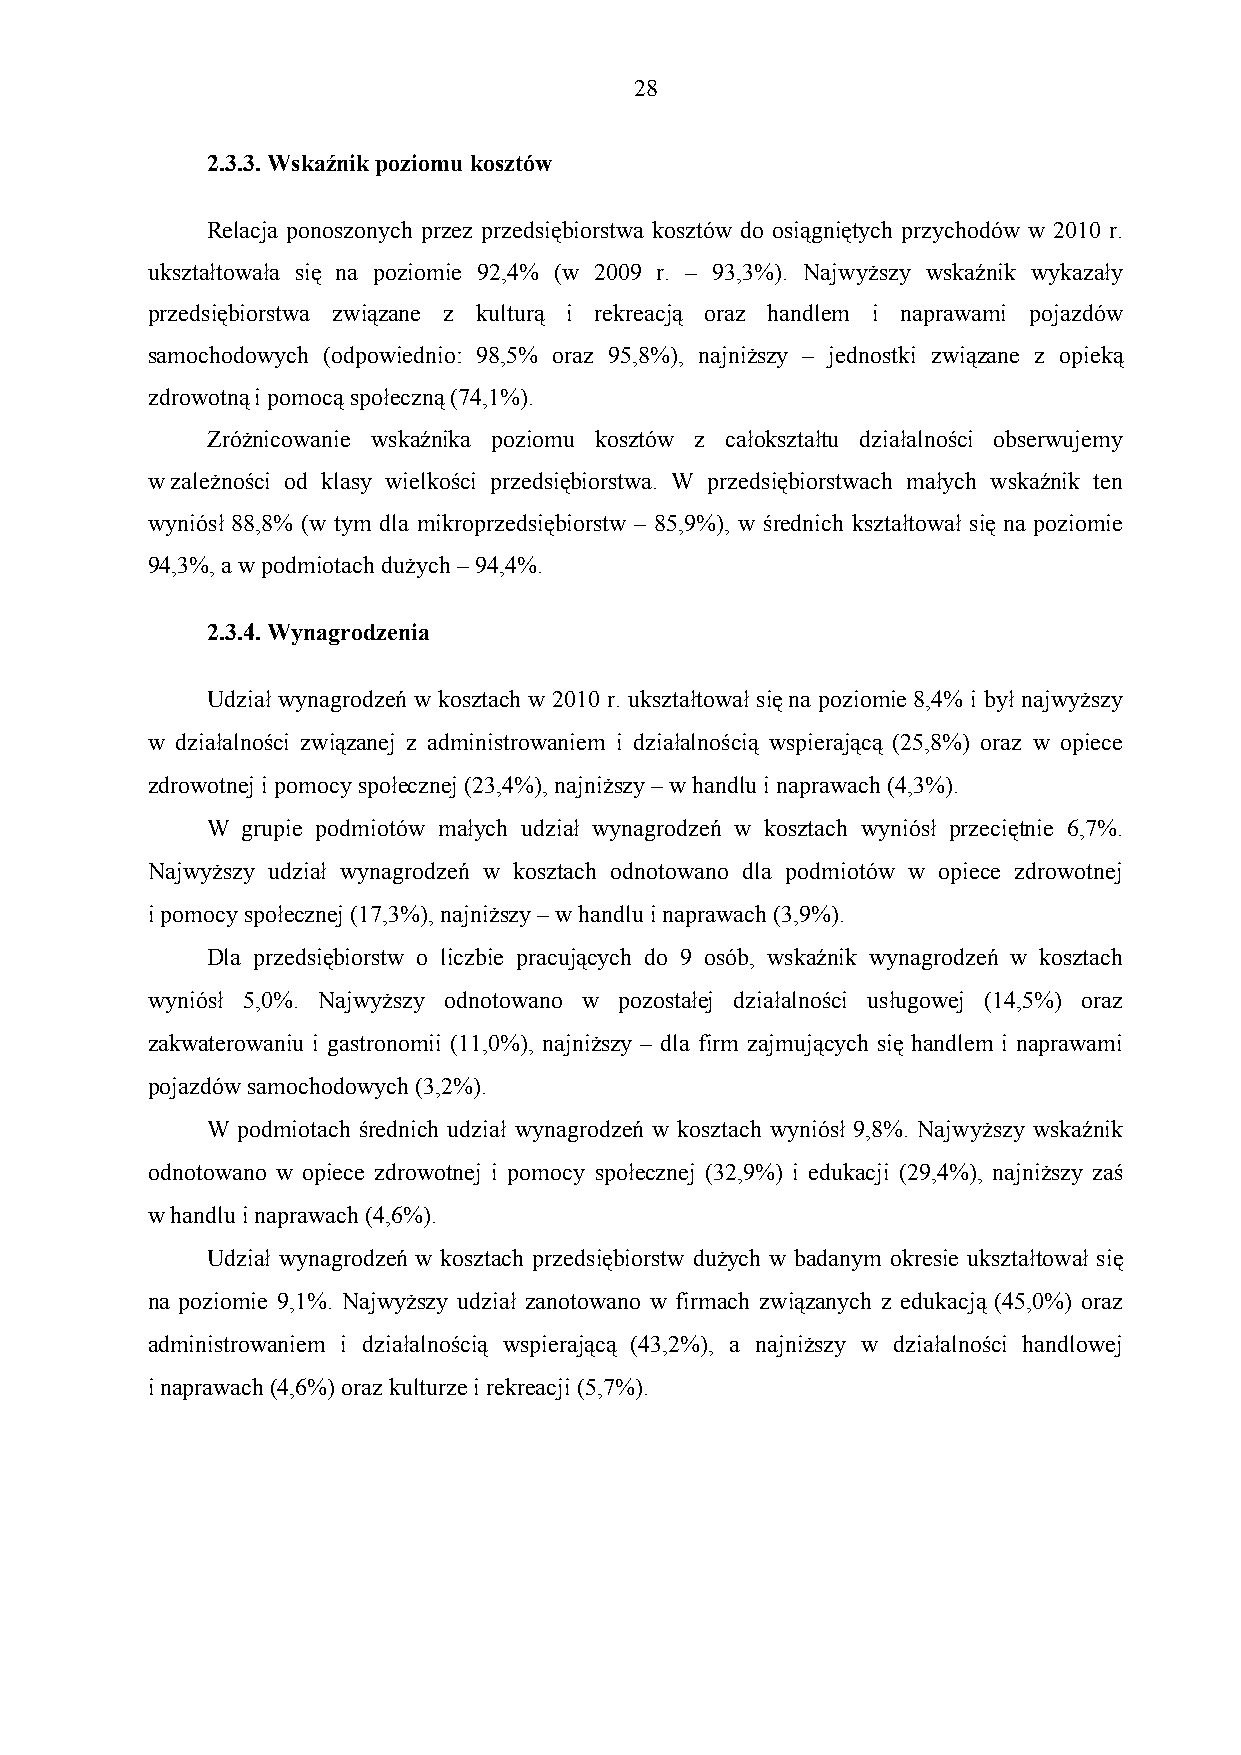
28
 2.3.3. Wskaźnik poziomu kosztów
 Relacja ponoszonych przez przedsiębiorstwa kosztów do osiągniętych przychodów w 2010 r.
 ukształtowała się na poziomie 92,4% (w 2009 r. – 93,3%). Najwyższy wskaźnik wykazały
 przedsiębiorstwa związane z kulturą i rekreacją oraz handlem i naprawami pojazdów
 samochodowych (odpowiednio: 98,5% oraz 95,8%), najniższy – jednostki związane z opieką
 zdrowotną i pomocą społeczną (74,1%).
 Zróżnicowanie wskaźnika poziomu kosztów z całokształtu działalności obserwujemy
 w zależności od klasy wielkości przedsiębiorstwa. W przedsiębiorstwach małych wskaźnik ten
 wyniósł 88,8% (w tym dla mikroprzedsiębiorstw – 85,9%), w średnich kształtował się na poziomie
 94,3%, a w podmiotach dużych – 94,4%.
 2.3.4. Wynagrodzenia
 Udział wynagrodzeń w kosztach w 2010 r. ukształtował się na poziomie 8,4% i był najwyższy
 w działalności związanej z administrowaniem i działalnością wspierającą (25,8%) oraz w opiece
 zdrowotnej i pomocy społecznej (23,4%), najniższy – w handlu i naprawach (4,3%).
 W grupie podmiotów małych udział wynagrodzeń w kosztach wyniósł przeciętnie 6,7%.
 Najwyższy udział wynagrodzeń w kosztach odnotowano dla podmiotów w opiece zdrowotnej
 i pomocy społecznej (17,3%), najniższy – w handlu i naprawach (3,9%).
 Dla przedsiębiorstw o liczbie pracujących do 9 osób, wskaźnik wynagrodzeń w kosztach
 wyniósł 5,0%. Najwyższy odnotowano w pozostałej działalności usługowej (14,5%) oraz
 zakwaterowaniu i gastronomii (11,0%), najniższy – dla firm zajmujących się handlem i naprawami
 pojazdów samochodowych (3,2%).
 W podmiotach średnich udział wynagrodzeń w kosztach wyniósł 9,8%. Najwyższy wskaźnik
 odnotowano w opiece zdrowotnej i pomocy społecznej (32,9%) i edukacji (29,4%), najniższy zaś
 w handlu i naprawach (4,6%).
 Udział wynagrodzeń w kosztach przedsiębiorstw dużych w badanym okresie ukształtował się
 na poziomie 9,1%. Najwyższy udział zanotowano w firmach związanych z edukacją (45,0%) oraz
 administrowaniem i działalnością wspierającą (43,2%), a najniższy w działalności handlowej
 i naprawach (4,6%) oraz kulturze i rekreacji (5,7%).